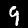
Label: 9